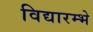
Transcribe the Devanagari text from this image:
विद्यारम्भे